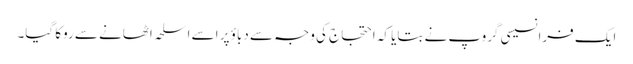
ایک فرانسیسی گروپ نے بتایا کہ احتجاج کی وجہ سے دباؤ پر اسے اسلحہ اٹھانے سے روکا گیا۔